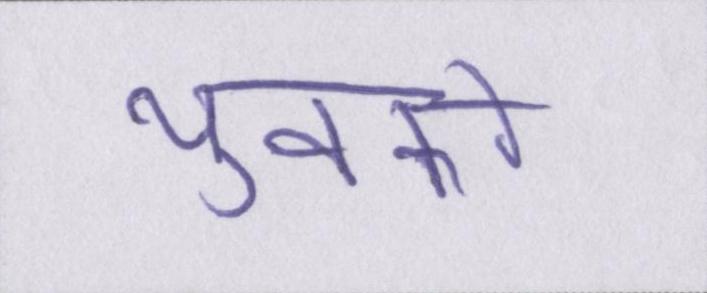
युवकों